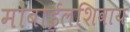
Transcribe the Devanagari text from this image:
मोबाईलशिवाय